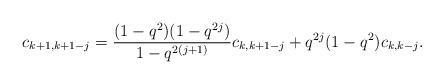
LaTeX: \begin{align*}c_{k+1,k+1-j}=\frac{(1-q^{2})(1-q^{2j})}{1-q^{2(j+1)}} c_{k,k+ 1-j} +q^{2j}(1-q^{2}) c_{k,k-j}.\end{align*}